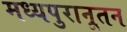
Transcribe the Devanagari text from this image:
मध्यपुरानूतन